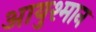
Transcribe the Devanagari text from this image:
आयुश्मान